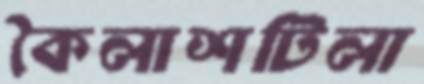
কৈলাশটিলা